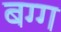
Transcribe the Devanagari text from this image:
बग्ग